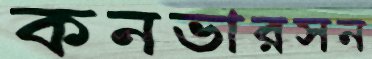
কনভারসন